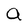
Character: a